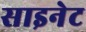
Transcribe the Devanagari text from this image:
साइनेट